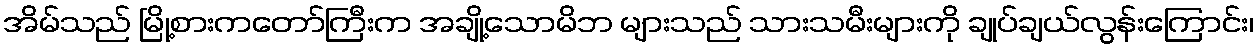
အိမ်သည် မြို့စားကတော်ကြီးက အချို့သောမိဘ များသည် သားသမီးများကို ချုပ်ချယ်လွန်းကြောင်း၊